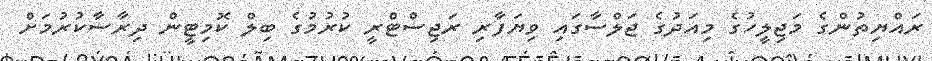
ރައްޔިތުންގެ މަޖިލީހުގެ މިއަދުގެ ޖަލްސާގައި ވިޔަފާރި ރަޖިސްޓްރީ ކުރުމުގެ ބިލް ކޮމިޓީން ދިރާސާކުރުމަށް